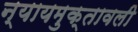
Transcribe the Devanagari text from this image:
न्यायमुक्तावली